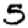
Digit: 5